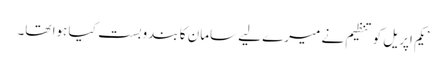
’یکم اپریل کو تنظیم نے میرے لیے سامان کا بندوبست کیا ہوا تھا۔